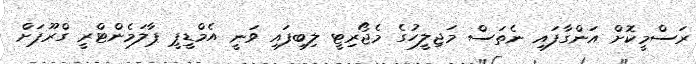
ރަސްމީކޮށް އަންގާފައި ނެތަސް މަޖިލީހުގެ މެޖޯރިޓީ ލިބިފައި ވަނީ އެމްޑީޕީ ޕާލަމެންޓްރީ ގްރޫޕަށް